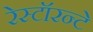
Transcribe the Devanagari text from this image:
रेस्टॉरन्टे